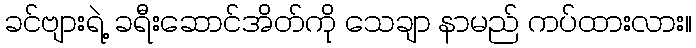
ခင်ဗျားရဲ့ ခရီးဆောင်အိတ်ကို သေချာ နာမည် ကပ်ထားလား။